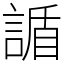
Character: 䛻